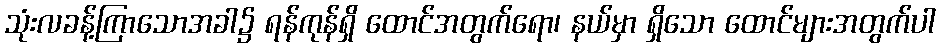
သုံးလခန့်ကြာသောအခါ၌ ရန်ကုန်ရှိ ထောင်အတွက်ရော၊ နယ်မှာ ရှိသော ထောင်များအတွက်ပါ